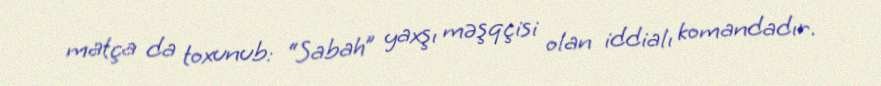
matça da toxunub: “Sabah” yaxşı məşqçisi olan iddialı komandadır.